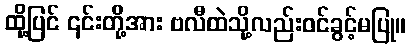
ထို့ပြင် ၎င်းတို့အား ဗလီထဲသို့လည်းဝင်ခွင့်မပြု။